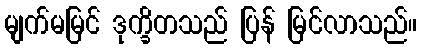
မျက်မမြင် ဒုက္ခိတသည် ပြန် မြင်လာသည်။